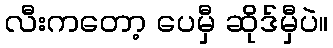
လီးကတော့ ပေမှီ ဆိုဒ်မှီပဲ။